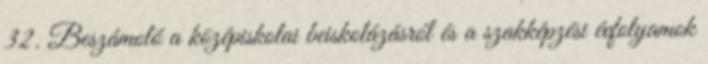
32. Beszámoló a középiskolai beiskolázásról és a szakképzési évfolyamok